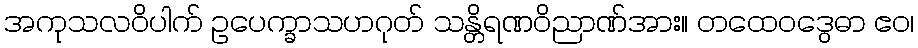
အကုသလဝိပါက် ဥပေက္ခာသဟဂုတ် သန္တိရဏဝိညာဏ်အား။ တထေဝဒွေဓာ ဧဝ၊